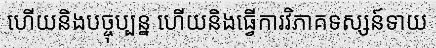
ហើយនិងបច្ចុប្បន្ន ហើយនិងធ្វើការវិភាគទស្សន៍ទាយ